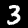
Label: 3